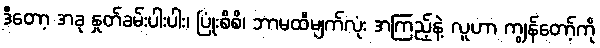
ဒီတော့ အခု နှုတ်ခမ်းပါးပါး၊ ပြုံးစိစိ၊ ဘာမထီမျက်လုံး အကြည့်နဲ့ လူဟာ ကျွန်တော့်ကို